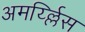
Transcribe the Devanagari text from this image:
अमर्य्ल्लिस